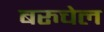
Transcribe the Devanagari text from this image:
बरुचेल